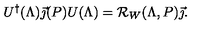
U ^ { \dagger } ( \Lambda ) \vec { \jmath } ( P ) U ( \Lambda ) = { \cal R } _ { W } ( \Lambda , P ) \vec { \jmath } .